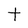
Character: t